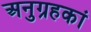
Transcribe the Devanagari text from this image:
अनुग्रहकां